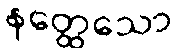
နတ္ထေသော